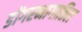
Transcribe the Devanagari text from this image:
डोंगरभागातिल